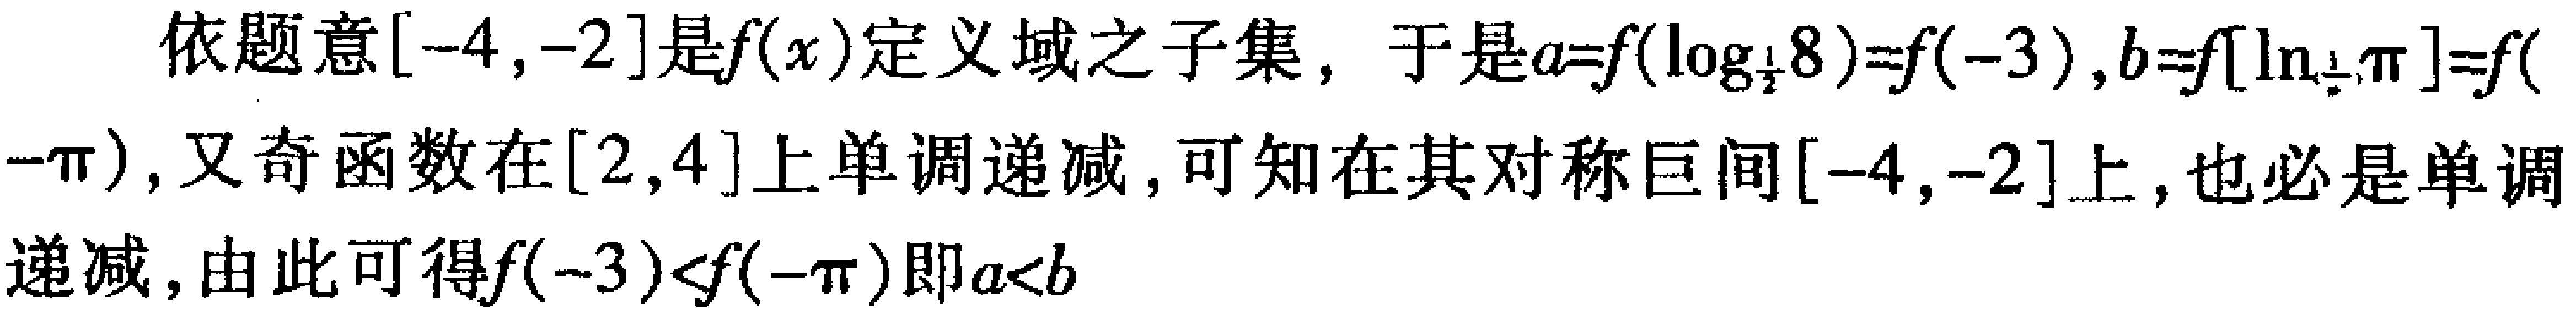
依题意\([-4,-2]\)是\(f(x)\)定义域之子集，于是\(a = f(\log_{\frac{1}{2}}8)=f(-3)\)，\(b = f[\ln_{\frac{1}{2}}\pi]=f(-\pi)\)，又奇函数在\([2,4]\)上单调递减，可知在其对称区间\([-4,-2]\)上，也必是单调递减，由此可得\(f(-3)<f(-\pi)\)即\(a < b\)